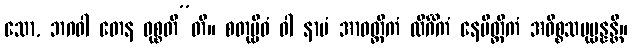
သော, ဘဂဝါ တေန ဝုစ္စတီ”တိ။ စတုဗ္ဗိဓံ ဝါ နာမံ အာဝတ္ထိကံ လိင်္ဂိကံ နေမိတ္တိကံ အဓိစ္စသမုပ္ပန္နန္တိ။